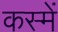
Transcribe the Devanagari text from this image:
कस्में